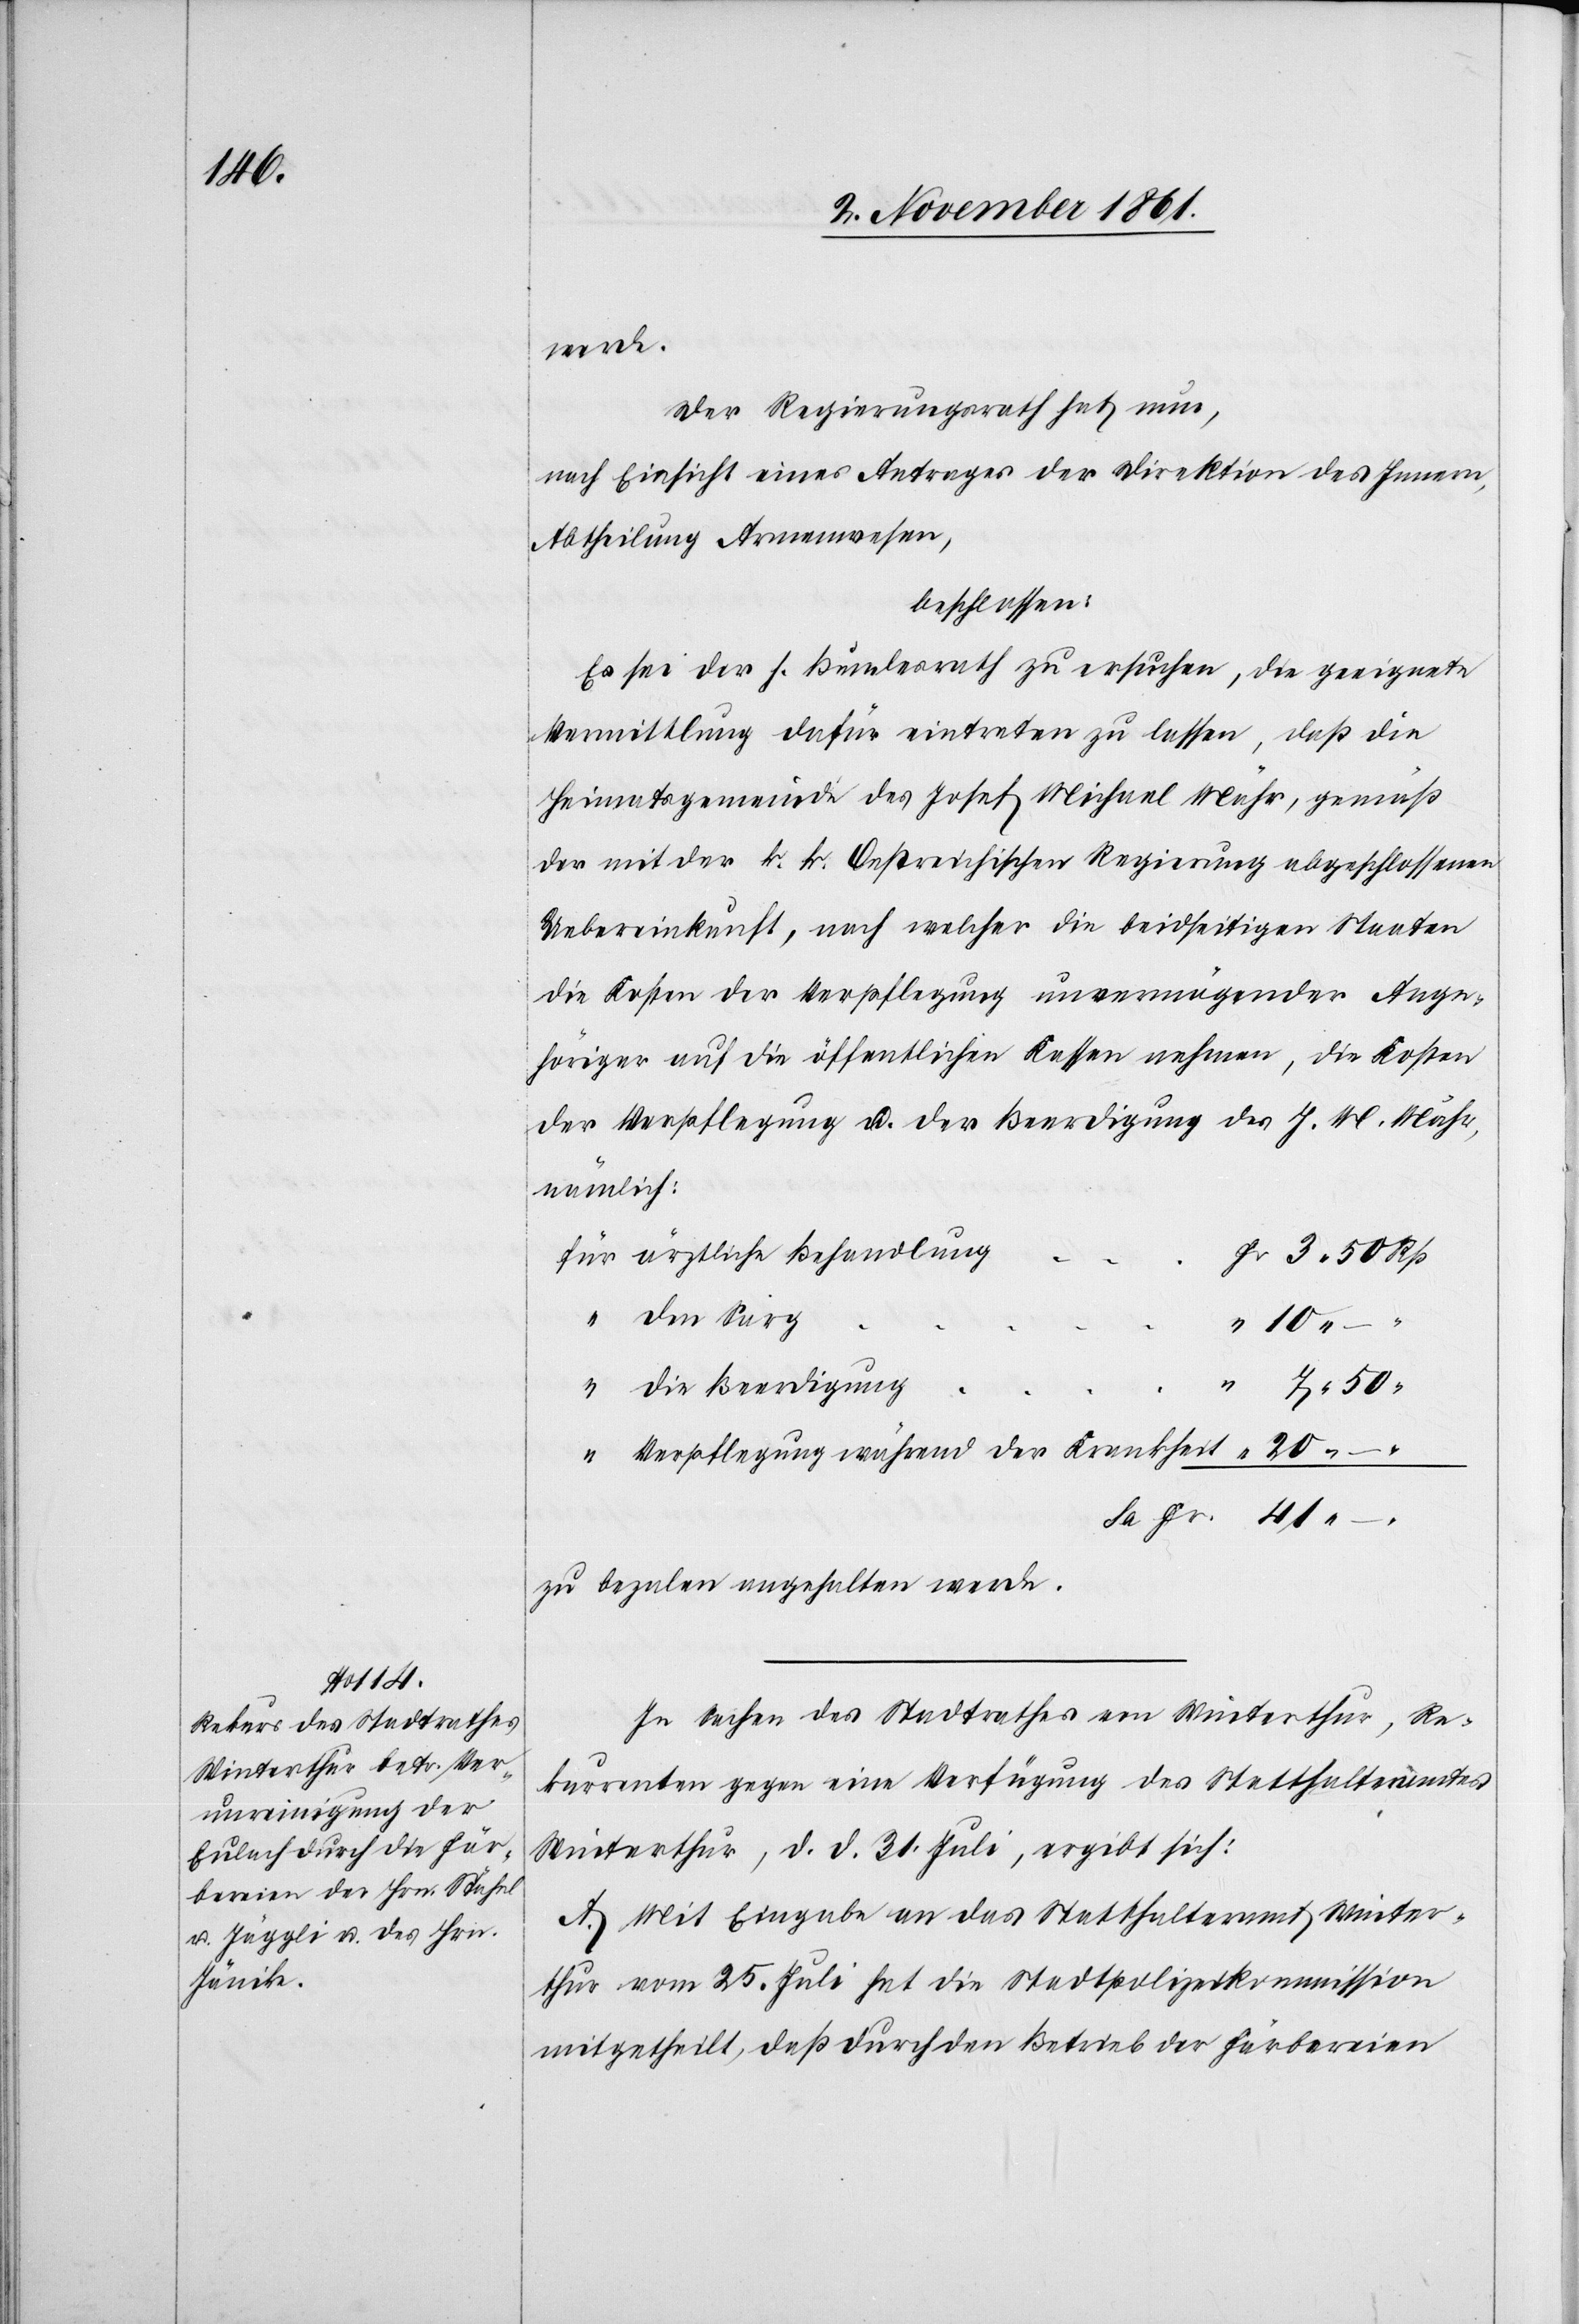
41.

werde.
Der Regierungsrath hat nun,
nach Einsicht eines Antrages der Direktion des Innern,
Abtheilung Armenwesen,
beschlossen:
Es sei der h. Bundesrath zu ersuchen, die geeignete
Vermittlung dafür eintreten zu lassen, daß die
Heimatsgemeinde des Josef Michael Mähr, gemäß
der mit der k. k. Oestreichischen Regierung abgeschlossenen
Uebereinkunft, nach welcher die beidseitigen Staaten
die Kosten der Verpflegung unvermögender Ange¬
höriger auf die öffentlichen Kassen nehmen, die Kosten
der Verpflegung u. der Beerdigung des J. M. Mähr,
nämlich:
für ärztliche Behandlung
Fr. 3. 50 Rp.
“ den Sarg
“ 20.
“ die Beerdigung
“ Verpflegung während der Krankheit
zu bezalen angehalten werde.
In Sachen des Stadtrathes von Winterthur, Re¬
kurrenten gegen eine Verfügung des Statthalteramtes
Winterthur, d. d. 31 Juli, ergibt sich:
A. Mit Eingabe an das Statthalteramt Winter¬
thur vom 25 Juli hat die Stadtpolizeikommission
mitgetheilt, daß durch den Betrieb der Färbereien